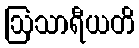
ဩသာရီယတိ